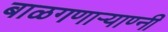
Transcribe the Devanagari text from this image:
बाळगणार्‍याण्नी